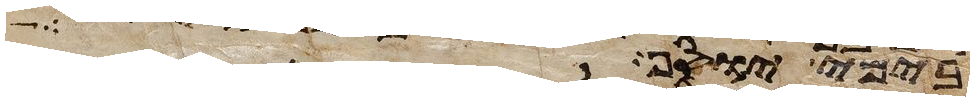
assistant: בימי יוסף